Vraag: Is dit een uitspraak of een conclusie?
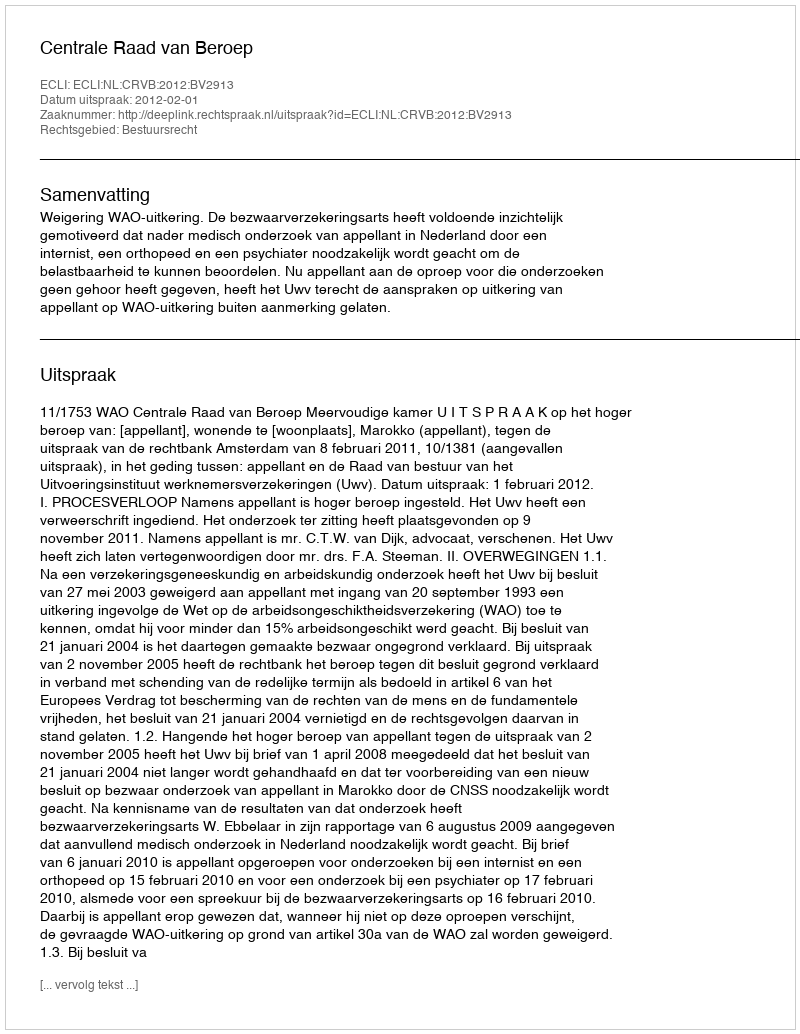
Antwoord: Uitspraak